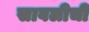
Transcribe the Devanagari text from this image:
सावलीची